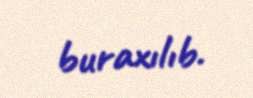
buraxılıb.